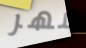
مهر